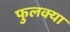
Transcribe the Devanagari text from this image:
फुलक्या